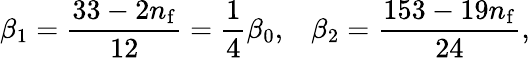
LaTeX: \beta_{1}=\frac{33-2n_{\mathrm{f}}}{12}=\frac{1}{4}\beta_{0},\; \; \; \beta_{2}=\frac{153-19n_{\mathrm{f}}}{24},